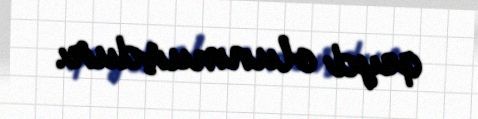
qeyd olunmuşdur.